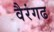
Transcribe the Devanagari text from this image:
वैरंगढ